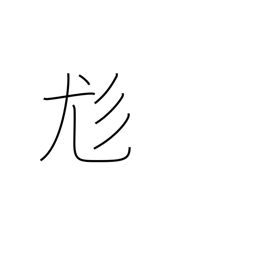
Meaning: shaggy hair or dog